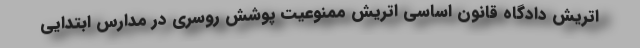
اتریش دادگاه قانون اساسی اتریش ممنوعیت پوشش روسری در مدارس ابتدایی